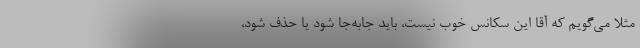
مثلا می‌گویم که آقا این سکانس خوب نیست، باید جابه‌جا شود یا حذف شود،